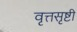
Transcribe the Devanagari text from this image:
वृत्तसृष्टी